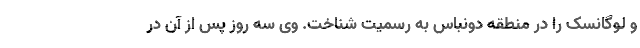
و لوگانسک را در منطقه دونباس به رسمیت شناخت. وی سه روز پس از آن در